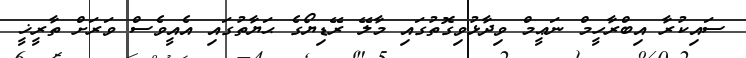
ސައިކުރާ އިބްރާހީމް ނަޢީމް ވިދާޅުވިގޮތުގައި މާލޭ ރޭޑިޔޯގެ ޙަޔާތުގައި އެއީވެސް ވަރަށް ތާރީޚީ